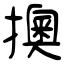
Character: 擙